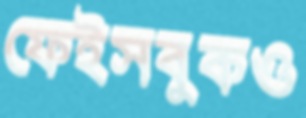
ফেইসবুকও